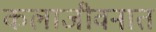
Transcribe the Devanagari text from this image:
कलाजीवनात